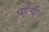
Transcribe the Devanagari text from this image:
पहँची।